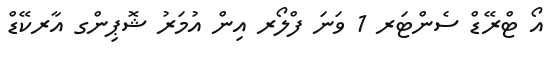
އޯ ޓްރޭޑް ސެންޓަރ 1 ވަނަ ފްލޯރ އިން އުމަރު ޝޮޕިންގ އާރކޭޑް